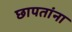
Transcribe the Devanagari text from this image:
छापतांना